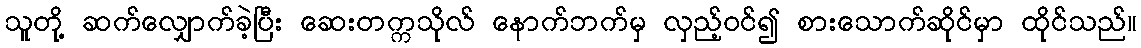
သူတို့ ဆက်လျှောက်ခဲ့ပြီး ဆေးတက္ကသိုလ် နောက်ဘက်မှ လှည့်ဝင်၍ စားသောက်ဆိုင်မှာ ထိုင်သည်။